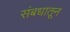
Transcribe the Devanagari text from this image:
संबधातून